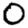
Digit: 0